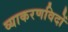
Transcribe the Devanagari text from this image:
व्याकरणविदों